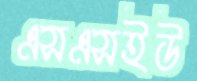
এসএসইউ